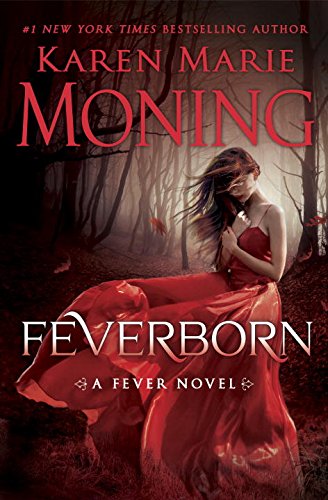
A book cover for Feverborn: A Fever Novel; Karen Marie Moning; Science Fiction & Fantasy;